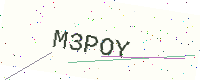
Text: M3POY